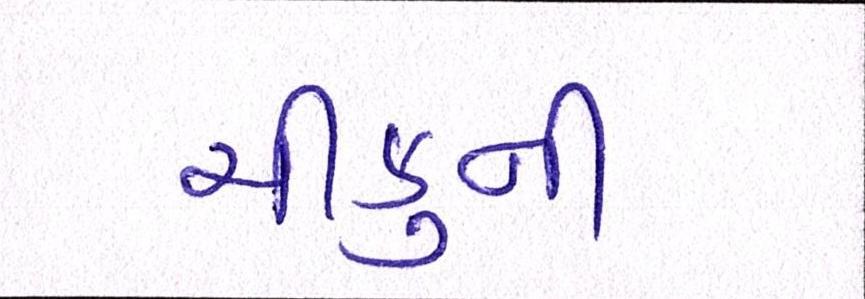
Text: ચીકુની